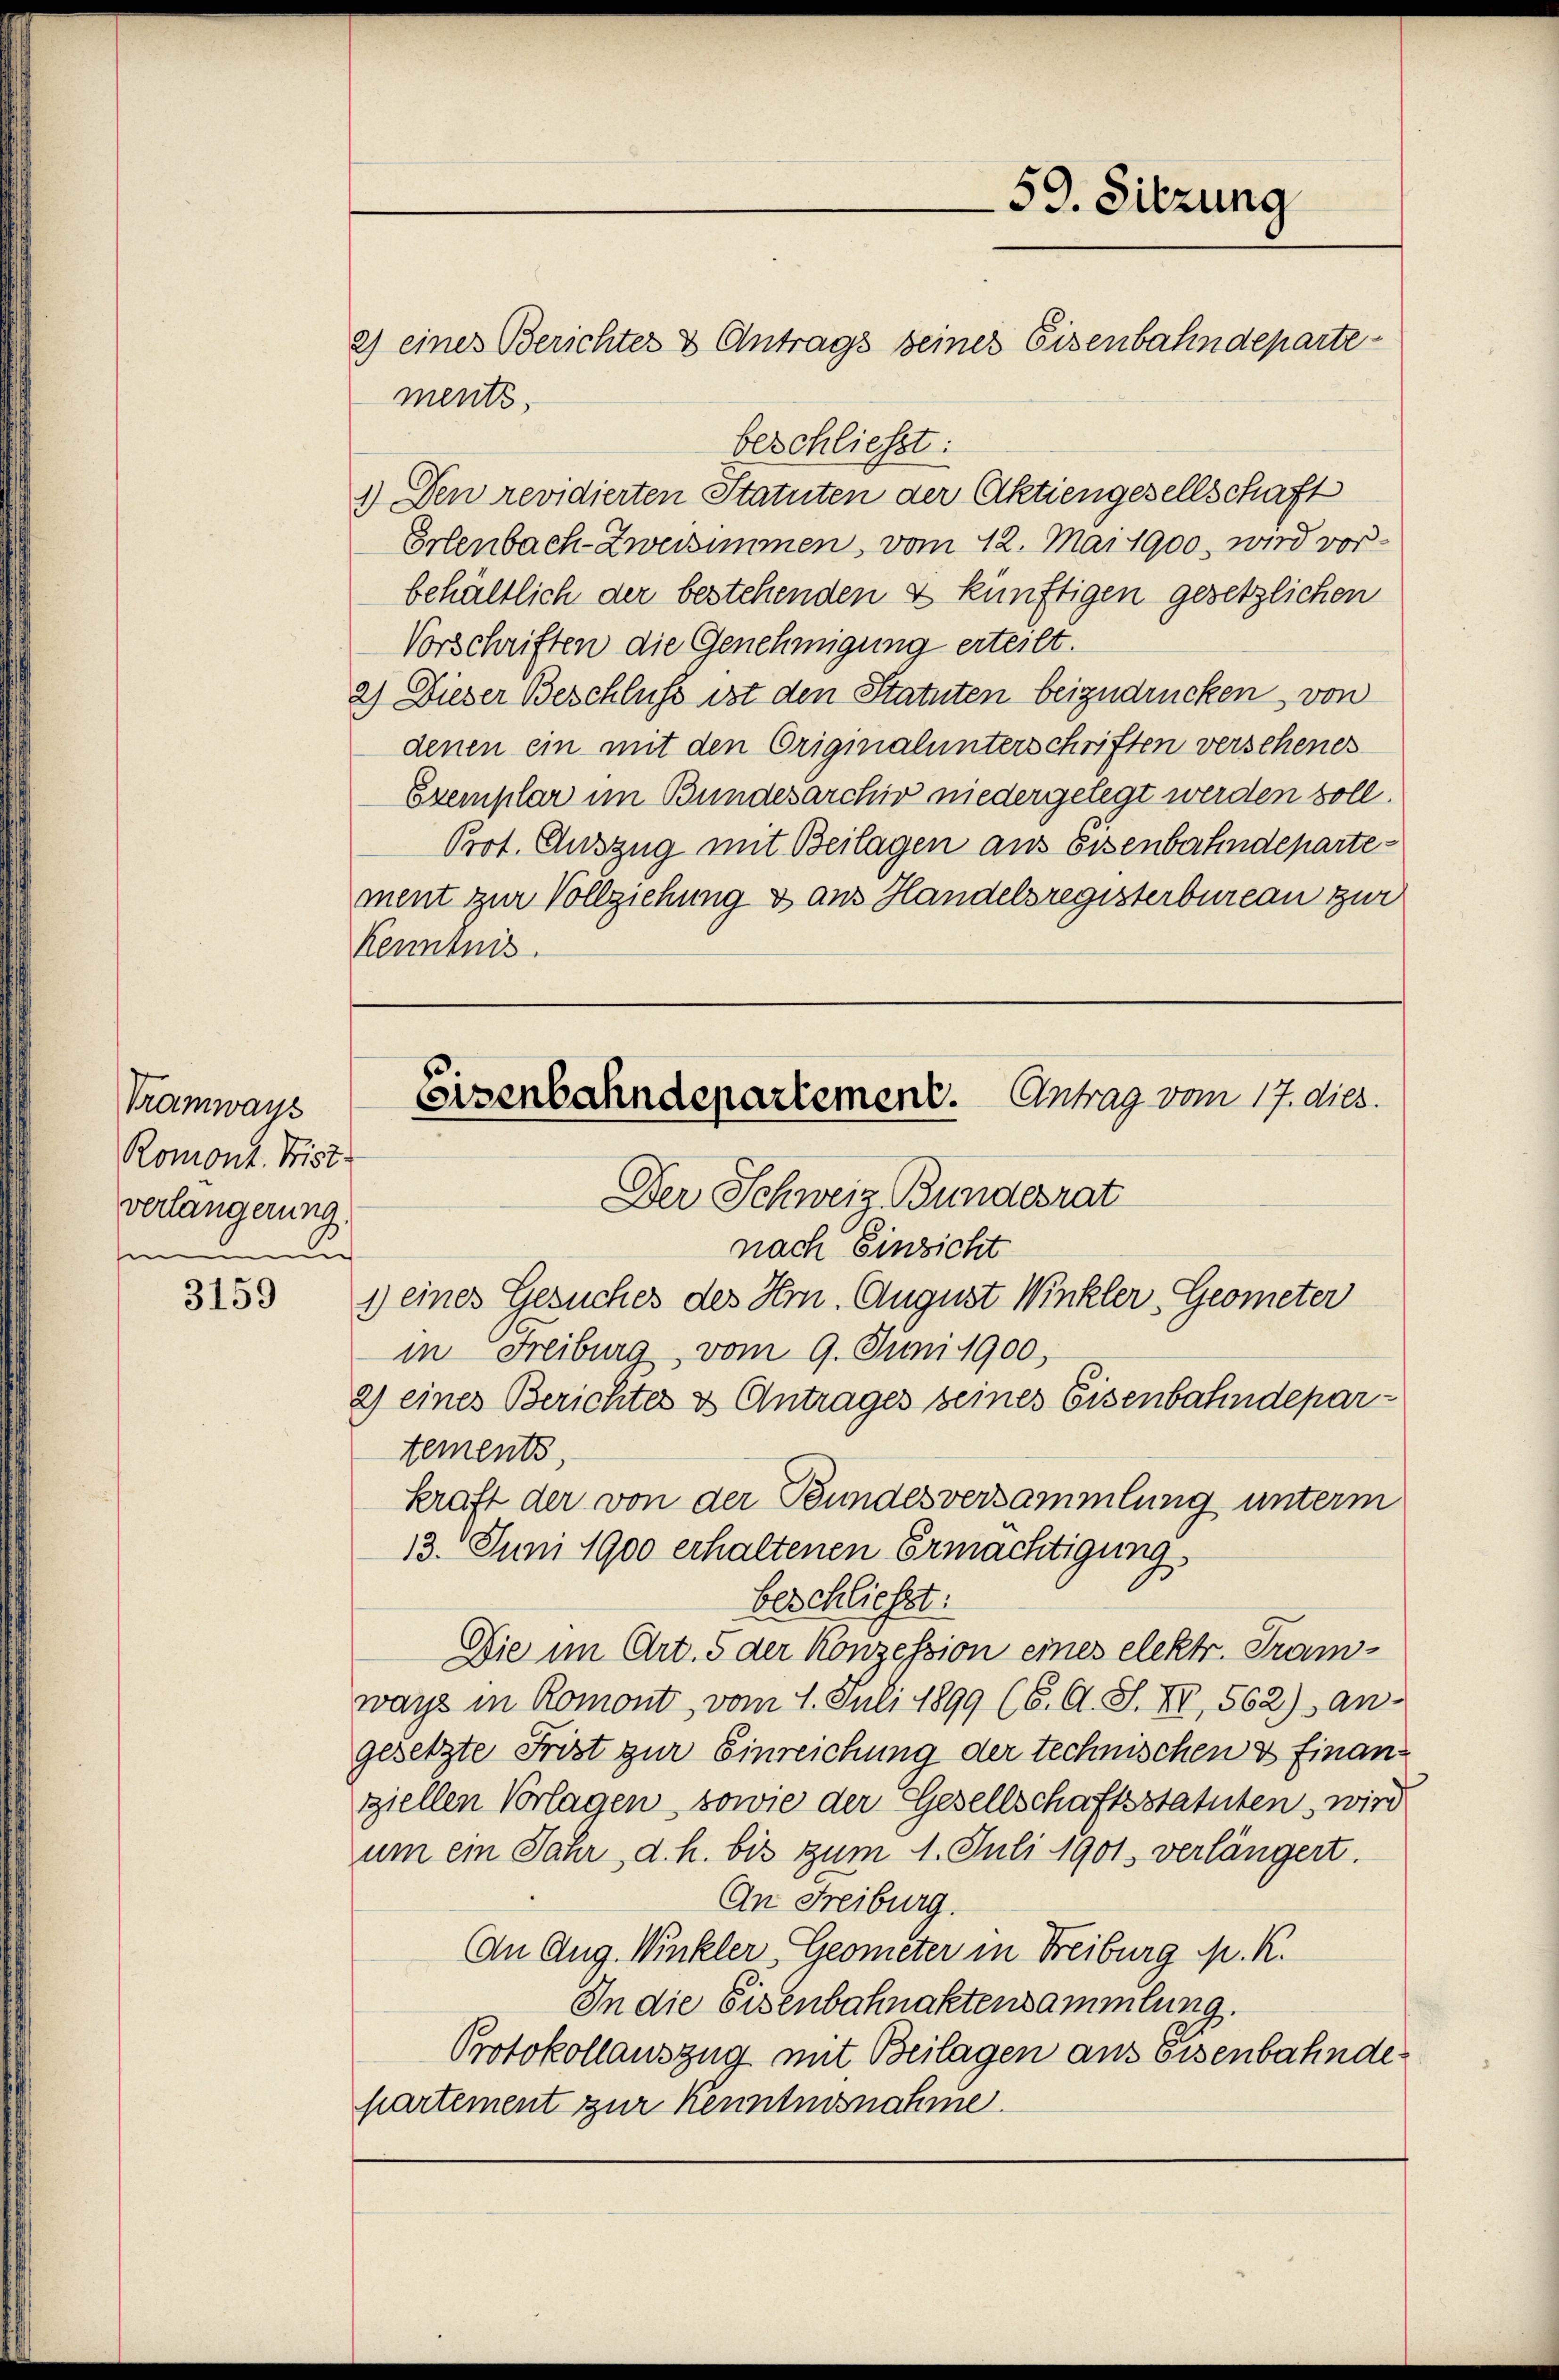
Tramways
Romont. Frist
verlängerung.
mm

3159

ments,
beschliesst:
1.) Den revidierten Statuten der Aktiengesellschaft
Erlenbach-Zweisimmen, vom 12. Mai 1900. wird vor-
behältlich der bestehenden & künftigen gesetzlichen
Vorschriften die Genehmigung erteilt.
2) Dieser Beschluss ist den Statuten beizudrücken von
denen ein mit den Originalunterschriften verschenes
Exemplar im Bundesarchiv niedergelegt werden soll.
Prot. Auszug mit Beilagen aus Eisenbahndepartement zur Vollziehung & aus Handelsregisterbureau zur
Kenntnis.

59. Sitzung
2) eines Berichtes & Antrags seines Eisenbahndeparte

Eisenbahndepartement. Antrag vom 17. dies.
Der Schweiz. Bundesrat
nach Einzicht
1) eines Gesuches des Hrn. August Winkler, Geometer

in Freiburg vom 9. Juni 1900,
2) eines Berichtes & Antrages seines Eisenbahndepartements,
13. Juni 1900 erhaltenen Ermächtigung
beschließt:
Die im Art. 5 der Konzession eines elektr. Tramways in Romont, vom 4. Juli 1899 (6. A. S. XI, 562) an
gesetzte Frist zur Einreichung der technischen & finanz
ziellen Vorlagen, sowie der Gesellschaftsstatuten wird
um ein Jahr, d. h. bis zum 1. Juli 1901 verlängert.
An Freiburg.
An Aug. Winkler, Geometer in Freiburg M. R.
In die Eisenbahnaktensammlung.
Protokollauszug mit Beilagen aus Eisenbahndepartement zur Kenntnisnahme.

kraft der von der Bundesversammlung unterm